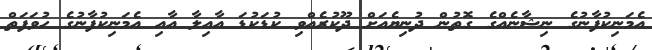
އެމަނިކުފާނުގެ ނިޝާނެއްގެ ގޮތުން ދުނިޔެއަށް ދޫކުރެއްވި ކުޑަކުޑަ އާއިލާ އާއި އެމަނިކުފާނުގެ ހުވަފަތް